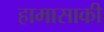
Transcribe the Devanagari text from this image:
हामासाकी